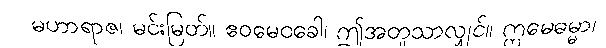
မဟာရာဇ၊ မင်းမြတ်။ ဧဝမေဝခေါ၊ ဤအတူသာလျှင်။ ဣမေဓမ္မာ၊